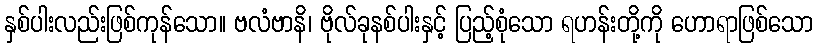
နှစ်ပါးလည်းဖြစ်ကုန်သော။ ဗလံဗာနိ၊ ဗိုလ်ခုနစ်ပါးနှင့် ပြည့်စုံသော ရဟန်းတို့ကို ဟောရာဖြစ်သော